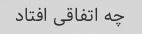
چه اتفاقی افتاد